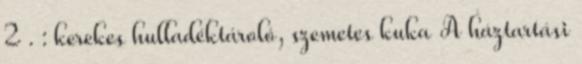
2 . : kerekes hulladéktároló, szemetes kuka A háztartási